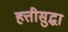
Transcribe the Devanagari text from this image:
हत्तीसुद्धा